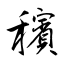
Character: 穦